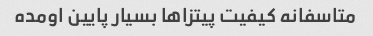
متاسفانه کیفیت پیتزاها بسیار پایین اومده